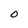
Character: 0